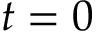
t = 0